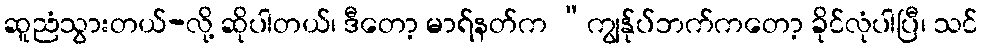
ဆူညံသွားတယ်-လို့ ဆိုပါတယ်၊ ဒီတော့ မာရ်နတ်က “ကျွန်ုပ်ဘက်ကတော့ ခိုင်လုံပါပြီ၊ သင်